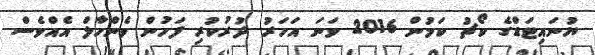
ޔުނައިޓަޑްގެ ކޯޗު ކަމުން 2016 ވަނަ އަހަރު ދުރުކުރި ފަހުން ވެންހާލް އެއްވެސް